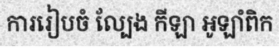
ការរៀបចំ ល្បែង កីឡា អូឡាំពិក